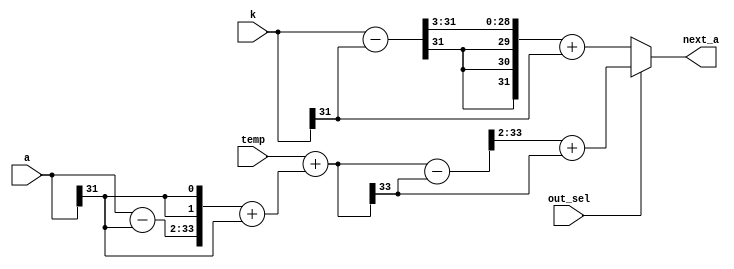
module levinson_out (
        input   wire out_sel,
        input   wire signed [31:0] temp,
        input   wire signed [31:0] a,
        input   wire signed [31:0] k,
        output  wire signed [31:0] next_a
    );

    wire signed [31:0] k_shift, k_ones, k_out;
    assign k_ones = k - k[31];
    assign k_shift = k_ones >>> 3;
    assign k_out = k_shift + k[31];

    wire signed [31:0] a_o;
    wire signed [33:0] a_s, a_t;
    assign a_o = a - a[31];
    assign a_s = {a_o, {2{a[31]}}};
    assign a_t = a_s + a[31];

    wire signed [33:0] add, add_o;
    wire signed [31:0] add_s, add_t;
    assign add = temp + a_t;
    assign add_o = add - add[33];
    assign add_s = add_o[33:2];
    assign add_t = add_s + add[33];
    
    assign next_a = out_sel ? add_t : k_out;

endmodule